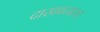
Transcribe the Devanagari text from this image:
दाखवतातच